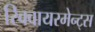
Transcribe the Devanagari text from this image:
रिक्वायरमेन्ट्स